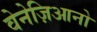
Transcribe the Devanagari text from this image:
वेनेज़िआनो